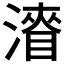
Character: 𭲛